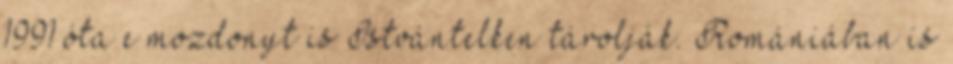
1991 óta e mozdonyt is Istvántelken tárolják. Romániában is